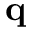
{ \bf q }